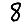
Digit: 8